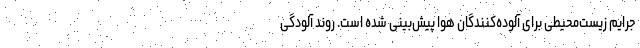
جرایم زیست‌محیطی برای آلوده‌کنندگان هوا پیش‌بینی شده است. روند آلودگی